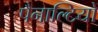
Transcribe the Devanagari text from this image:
पैनाल्टियों